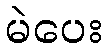
မဲပေး